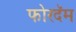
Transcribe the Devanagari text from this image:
फोरदॅम